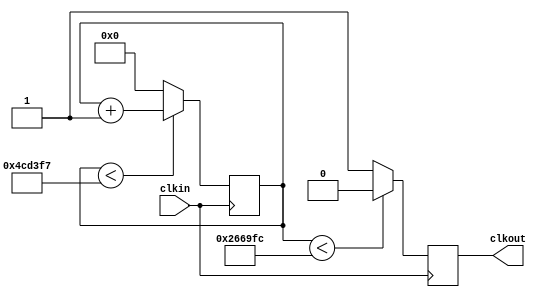
module prescaler (
	input clkin,
	output reg clkout
);

parameter F_OSC = 25175000/5; //czestotliwosc generatora w Hz

reg [31:0] counter;

always@(posedge clkin)
	if( counter < (F_OSC - 1) )
		counter <= counter + 1;
	else
		counter <= 0;


always@(posedge clkin)
	if( counter < (F_OSC/2) )
		clkout <= 0;
	else
		clkout <= 1;

endmodule